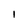
Character: I